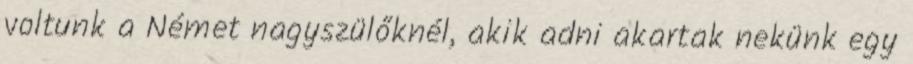
voltunk a Német nagyszülőknél, akik adni akartak nekünk egy